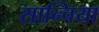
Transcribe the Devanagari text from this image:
सान्चिया